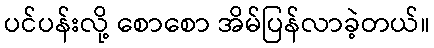
ပင်ပန်းလို့ စောစော အိမ်ပြန်လာခဲ့တယ်။